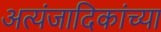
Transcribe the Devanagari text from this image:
अत्यंजादिकांच्या